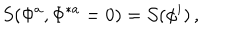
S ( \Phi ^ { a } , \Phi ^ { \ast a } = 0 ) = { \cal S } ( \phi ^ { i } ) \, ,